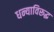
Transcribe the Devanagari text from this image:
धन्याविरूद्ध